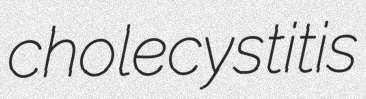
cholecystitis